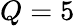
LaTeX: Q=5